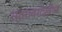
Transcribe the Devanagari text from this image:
स्तरावरदेखील